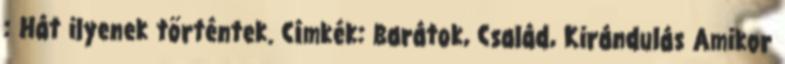
: Hát ilyenek történtek. Címkék: Barátok, Család, Kirándulás Amikor